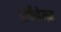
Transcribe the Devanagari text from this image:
डार्केहेमन